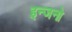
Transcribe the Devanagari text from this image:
इन्जनो